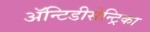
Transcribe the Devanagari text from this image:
ॲन्टिडीसेन्ट्रिका